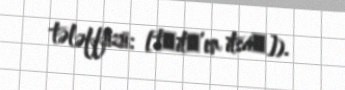
tələffüzü: [tʃitʃʼen itsáʔ]).